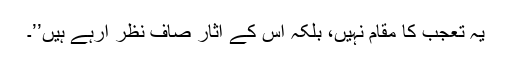
یہ تعجب کا مقام نہیں، بلکہ اس کے آثار صاف نظر آرہے ہیں’’۔